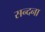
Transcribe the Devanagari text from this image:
सन्दना